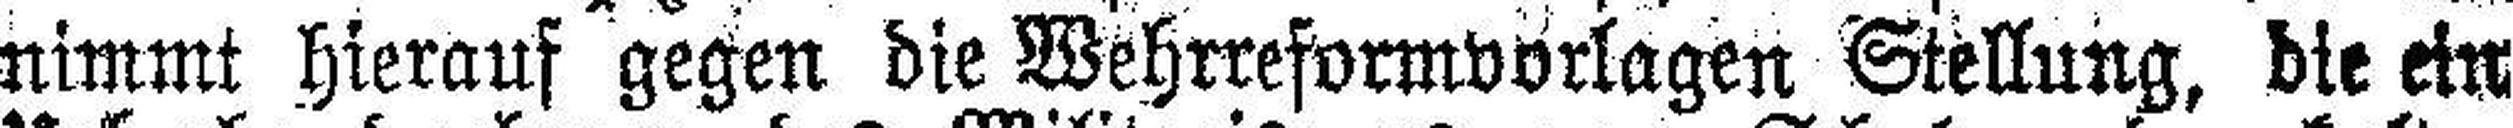
nimmt hierauf gegen die Wehrreformvorlagen Stellung, die ein